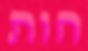
חות